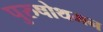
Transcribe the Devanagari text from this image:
पुरुषोथमन